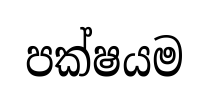
පක්ෂයම